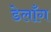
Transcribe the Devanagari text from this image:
डेलाँग